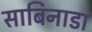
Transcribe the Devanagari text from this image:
साबिनाडा